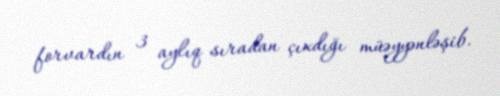
forvardın 3 aylıq sıradan çıxdığı müəyyənləşib.